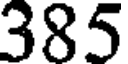
385